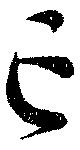
亡